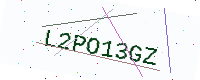
Text: L2PO13GZ